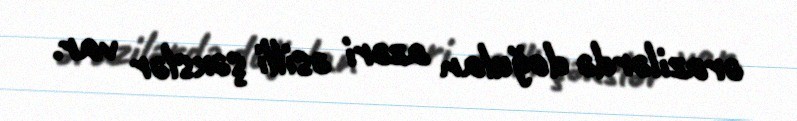
ərazilərdə doğulan azəri əsilli şəxslər var.